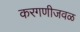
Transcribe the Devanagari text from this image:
करगणीजवळ